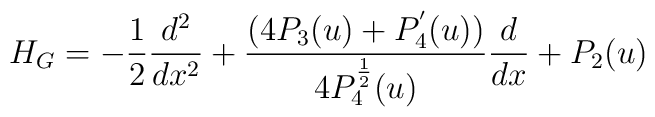
H_{G}=-\frac{1}{2}\frac{d^{2}}{dx^{2}}+\frac{(4P_{3}(u)+P_{4}^{^{\prime}}(u))}{4P_{4}^{\frac{1}{2}}(u)}\frac{d}{dx}+P_{2}(u)